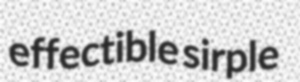
effectible sirple